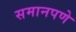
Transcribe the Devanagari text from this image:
समानपणे